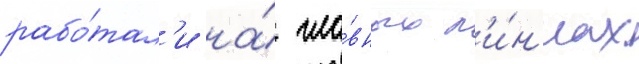
рабо́тал'и на́ гла́вных л'и́н'иах